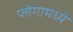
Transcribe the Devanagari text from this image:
प्लेगामध्ये